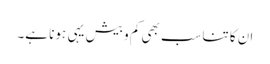
ان کا تناسب بھی کم و بیش یہی ہونا ہے۔